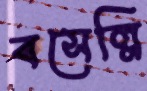
বসেল্লি